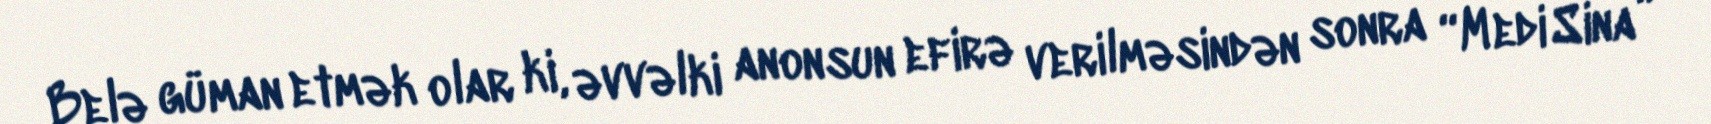
Belə güman etmək olar ki, əvvəlki anonsun efirə verilməsindən sonra “Medi Sina”